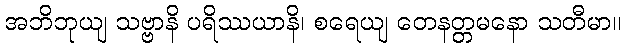
အဘိဘုယျ သဗ္ဗာနိ ပရိဿယာနိ၊ စရေယျ တေနတ္တမနော သတီမာ။